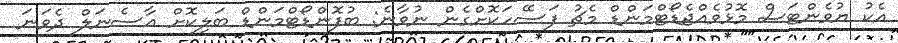
އެކު ޔުވެންޓަސް މޮޅުވެއްޖެޑޯޓްމަންޑް މެޗު ފަސޭހަކޮށްގެން ނުވާނެ: ބުފޮންޑޯޓްމަންޑް ބަލިކޮށް އާސެނަލް ދެވަނަ